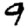
Digit: 9